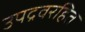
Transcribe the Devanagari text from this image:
उपद्रवरहित